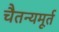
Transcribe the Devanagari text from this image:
चैतन्यमूर्त